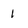
Character: 1